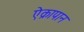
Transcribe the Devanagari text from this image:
ऐक्रापान